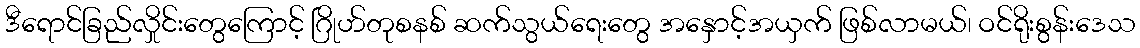
ဒီရောင်ခြည်လှိုင်းတွေကြောင့် ဂြိုဟ်တုစနစ် ဆက်သွယ်ရေးတွေ အနှောင့်အယှက် ဖြစ်လာမယ်၊ ဝင်ရိုးစွန်းဒေသ